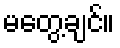
မတွေ့ချင်။